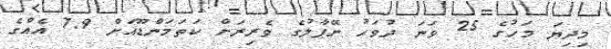
މިދިޔަ މަހުގެ 25 ވަނަ ދުވަހު ނޭޕާލުގެ ވެރިރަށް ކަތަމަންޑޫއަށް 7.9 އެއްގެ